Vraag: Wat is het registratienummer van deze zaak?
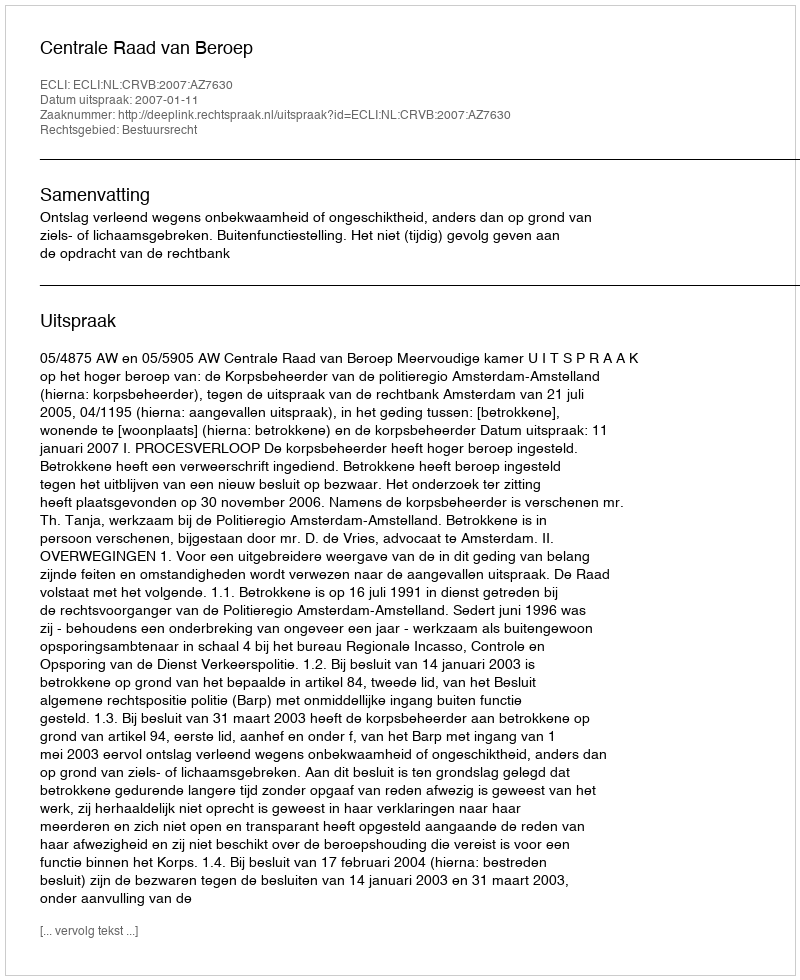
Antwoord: http://deeplink.rechtspraak.nl/uitspraak?id=ECLI:NL:CRVB:2007:AZ7630